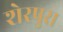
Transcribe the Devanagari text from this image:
शेरपुरा